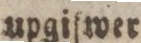
upgifwer